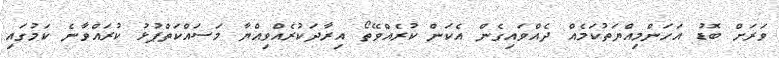
ވަރަށް ބޮޑު އަހަންމިއްޔަތުކަމެއް ދެއްވައިގެން އެކަން ކުރެއްވޭތޯ އިރާދަކުރެއްވިއްޔާ މަސައްކަތްޕުޅު ކުރައްވާނެ ކަމުގައި